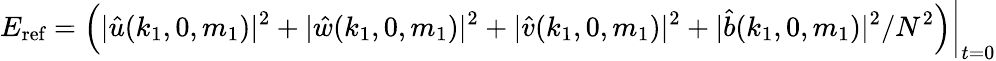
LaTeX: E_{\textnormal{ref}}=\left(|\hat{u}(k_{1},0,m_{1})|^{2}+|\hat{w}(k_{1},0,m_{1})|^{2}+|\hat{v}(k_{1},0,m_{1})|^{2}+|\hat{b}(k_{1},0,m_{1})|^{2}/N^{2}\right)\bigg|_{t=0}